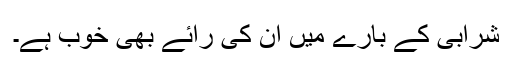
شرابی کے بارے میں ان کی رائے بھی خوب ہے۔